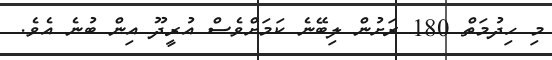
މި ހިދުމަތް 180 ރަށުން ލިބޭނެ ކަމަށްވެސް އުރީދޫ އިން ބުނެ އެވެ.